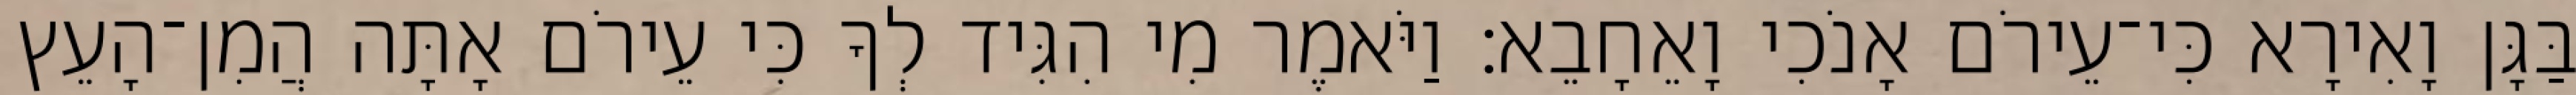
בַּגָּן וָאִירָא כִּי־עֵירֹם אָנֹכִי וָאֵחָבֵא׃ וַיֹּאמֶר מִי הִגִּיד לְךָ כִּי עֵירֹם אָתָּה הֲמִן־הָעֵץ